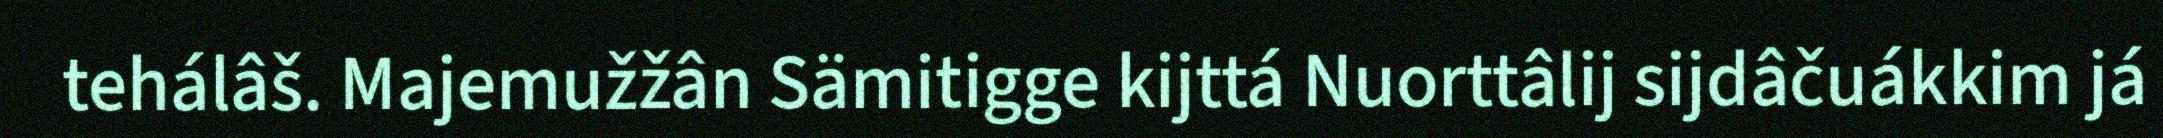
tehálâš. Majemužžân Sämitigge kijttá Nuorttâlij sijdâčuákkim já